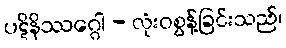
ပဋိနိဿဂ္ဂေါ - လုံးဝစွန့်ခြင်းသည်၊